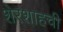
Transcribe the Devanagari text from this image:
शेरशाहची